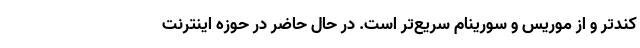
کندتر و از موریس و سورینام سریع‌تر است. در حال حاضر در حوزه اینترنت